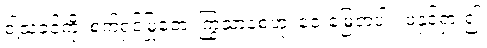
ငါ့သခင်ကို၊ စက်ရှင်မြုတေ၊ ကြွသာစေဟု၊ ဝေးမြေတပါး၊ ဖဲနှင့်ရှား၍၊